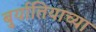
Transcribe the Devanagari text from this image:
बुर्यातियाच्या